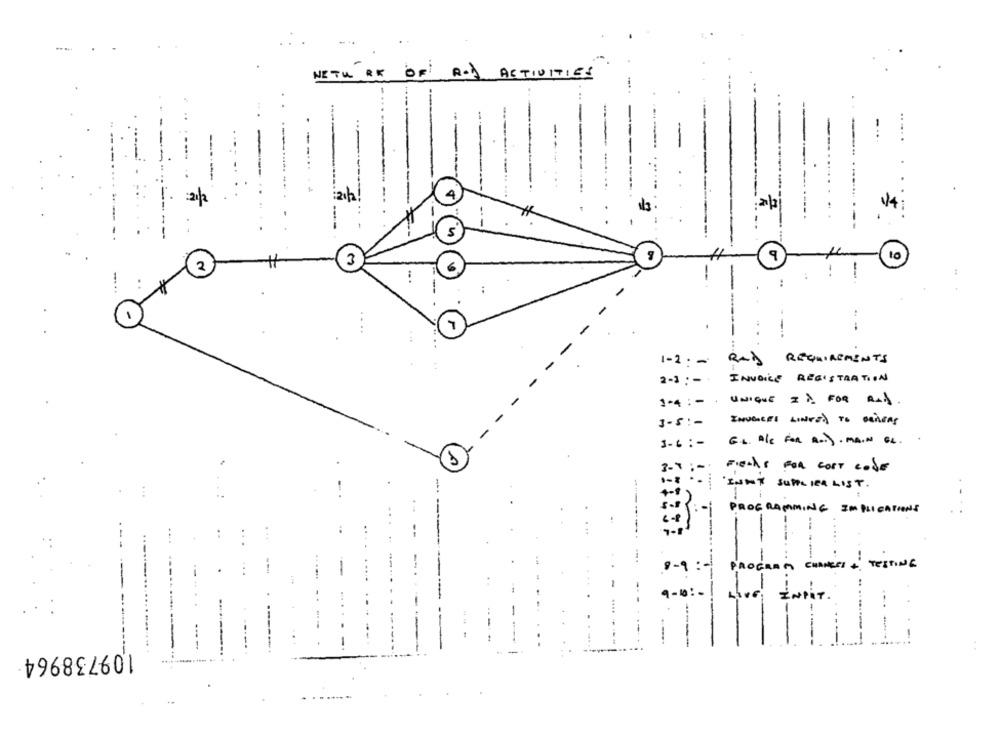
NETU RK OF ROJ ACTIVITIES
-
---..
21/2
1/4
9
10
2
3
--
--
.-
REQUIREMENTS
1-2: -
Rxd
2-1 : -.
INVOICE REGISTRATION
1-4 : -
UNIQUE ID FOR RAD.
3-5 :-
INVOICES LINKED TO DRIVERS
G.6. A/C For a .. ). MAIN EL .
3-6 : -
3-7 : -
Fiends FOR COST coSE
INNT SUPPLIER LIST .
. ..
---
PROGRAMMING IMPLICATIONS
S.F :-
6.8 )
7-
----
1
9-9 :-
PROGRAM
---
109738964